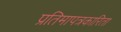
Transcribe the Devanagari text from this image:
प्रतिमापत्रकारिता